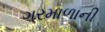
ગરમાળાની